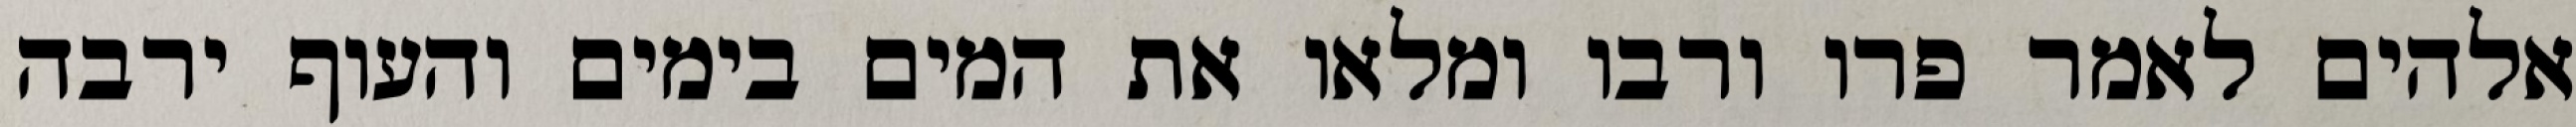
אלהים לאמר פרו ורבו ומלאו את המים בימים והעוף ירבה